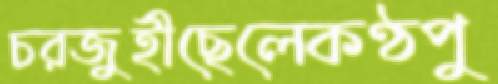
চরজুহীছেলেকণ্ঠপু